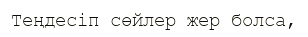
Теңдесіп сөйлер жер болса,